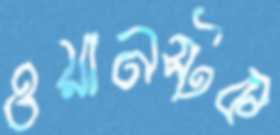
ওয়ানস্টক